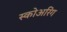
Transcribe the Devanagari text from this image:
स्कोअरिंग